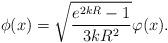
LaTeX: \begin{align*}\phi (x) = \sqrt{\frac{e^{2kR}-1}{3 kR^2}} \varphi (x).\end{align*}